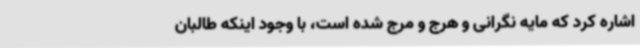
اشاره کرد که مایه نگرانی و هرج و مرج شده است، با وجود اینکه طالبان